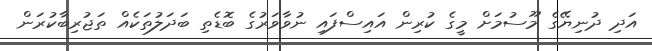
އަދި ދުނިޔޭގެ މޫސުމަށް މީގެ ކުރިން އައިސްފައި ނުވާވަރުގެ ބޮޑެތި ބަދަލުތަކެއް ތަޖުރިބާކުރަން